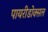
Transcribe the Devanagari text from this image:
पायरीडोक्सल